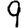
Digit: 9